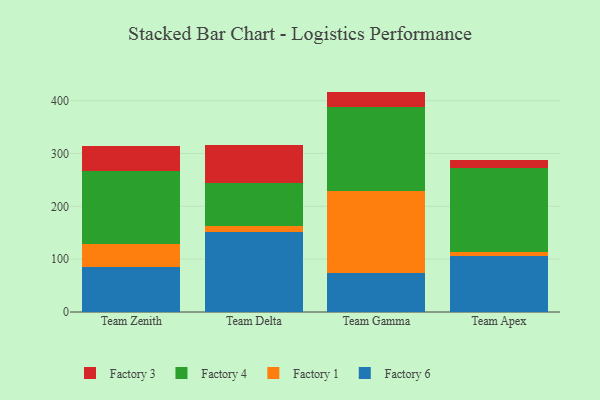
{"axis": {"x": "Team", "y": "Tickets Resolved"}, "legend": ["Factory 1", "Factory 3", "Factory 4", "Factory 6"], "data": [{"x": "Team Zenith", "y": 85.3, "type": "Factory 6"}, {"x": "Team Zenith", "y": 42.9, "type": "Factory 1"}, {"x": "Team Zenith", "y": 137.8, "type": "Factory 4"}, {"x": "Team Zenith", "y": 47.9, "type": "Factory 3"}, {"x": "Team Delta", "y": 150.8, "type": "Factory 6"}, {"x": "Team Delta", "y": 12.6, "type": "Factory 1"}, {"x": "Team Delta", "y": 80.9, "type": "Factory 4"}, {"x": "Team Delta", "y": 71.9, "type": "Factory 3"}, {"x": "Team Gamma", "y": 74.3, "type": "Factory 6"}, {"x": "Team Gamma", "y": 154.0, "type": "Factory 1"}, {"x": "Team Gamma", "y": 159.5, "type": "Factory 4"}, {"x": "Team Gamma", "y": 29.3, "type": "Factory 3"}, {"x": "Team Apex", "y": 105.2, "type": "Factory 6"}, {"x": "Team Apex", "y": 7.9, "type": "Factory 1"}, {"x": "Team Apex", "y": 159.5, "type": "Factory 4"}, {"x": "Team Apex", "y": 15.9, "type": "Factory 3"}]}